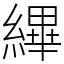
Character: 縪